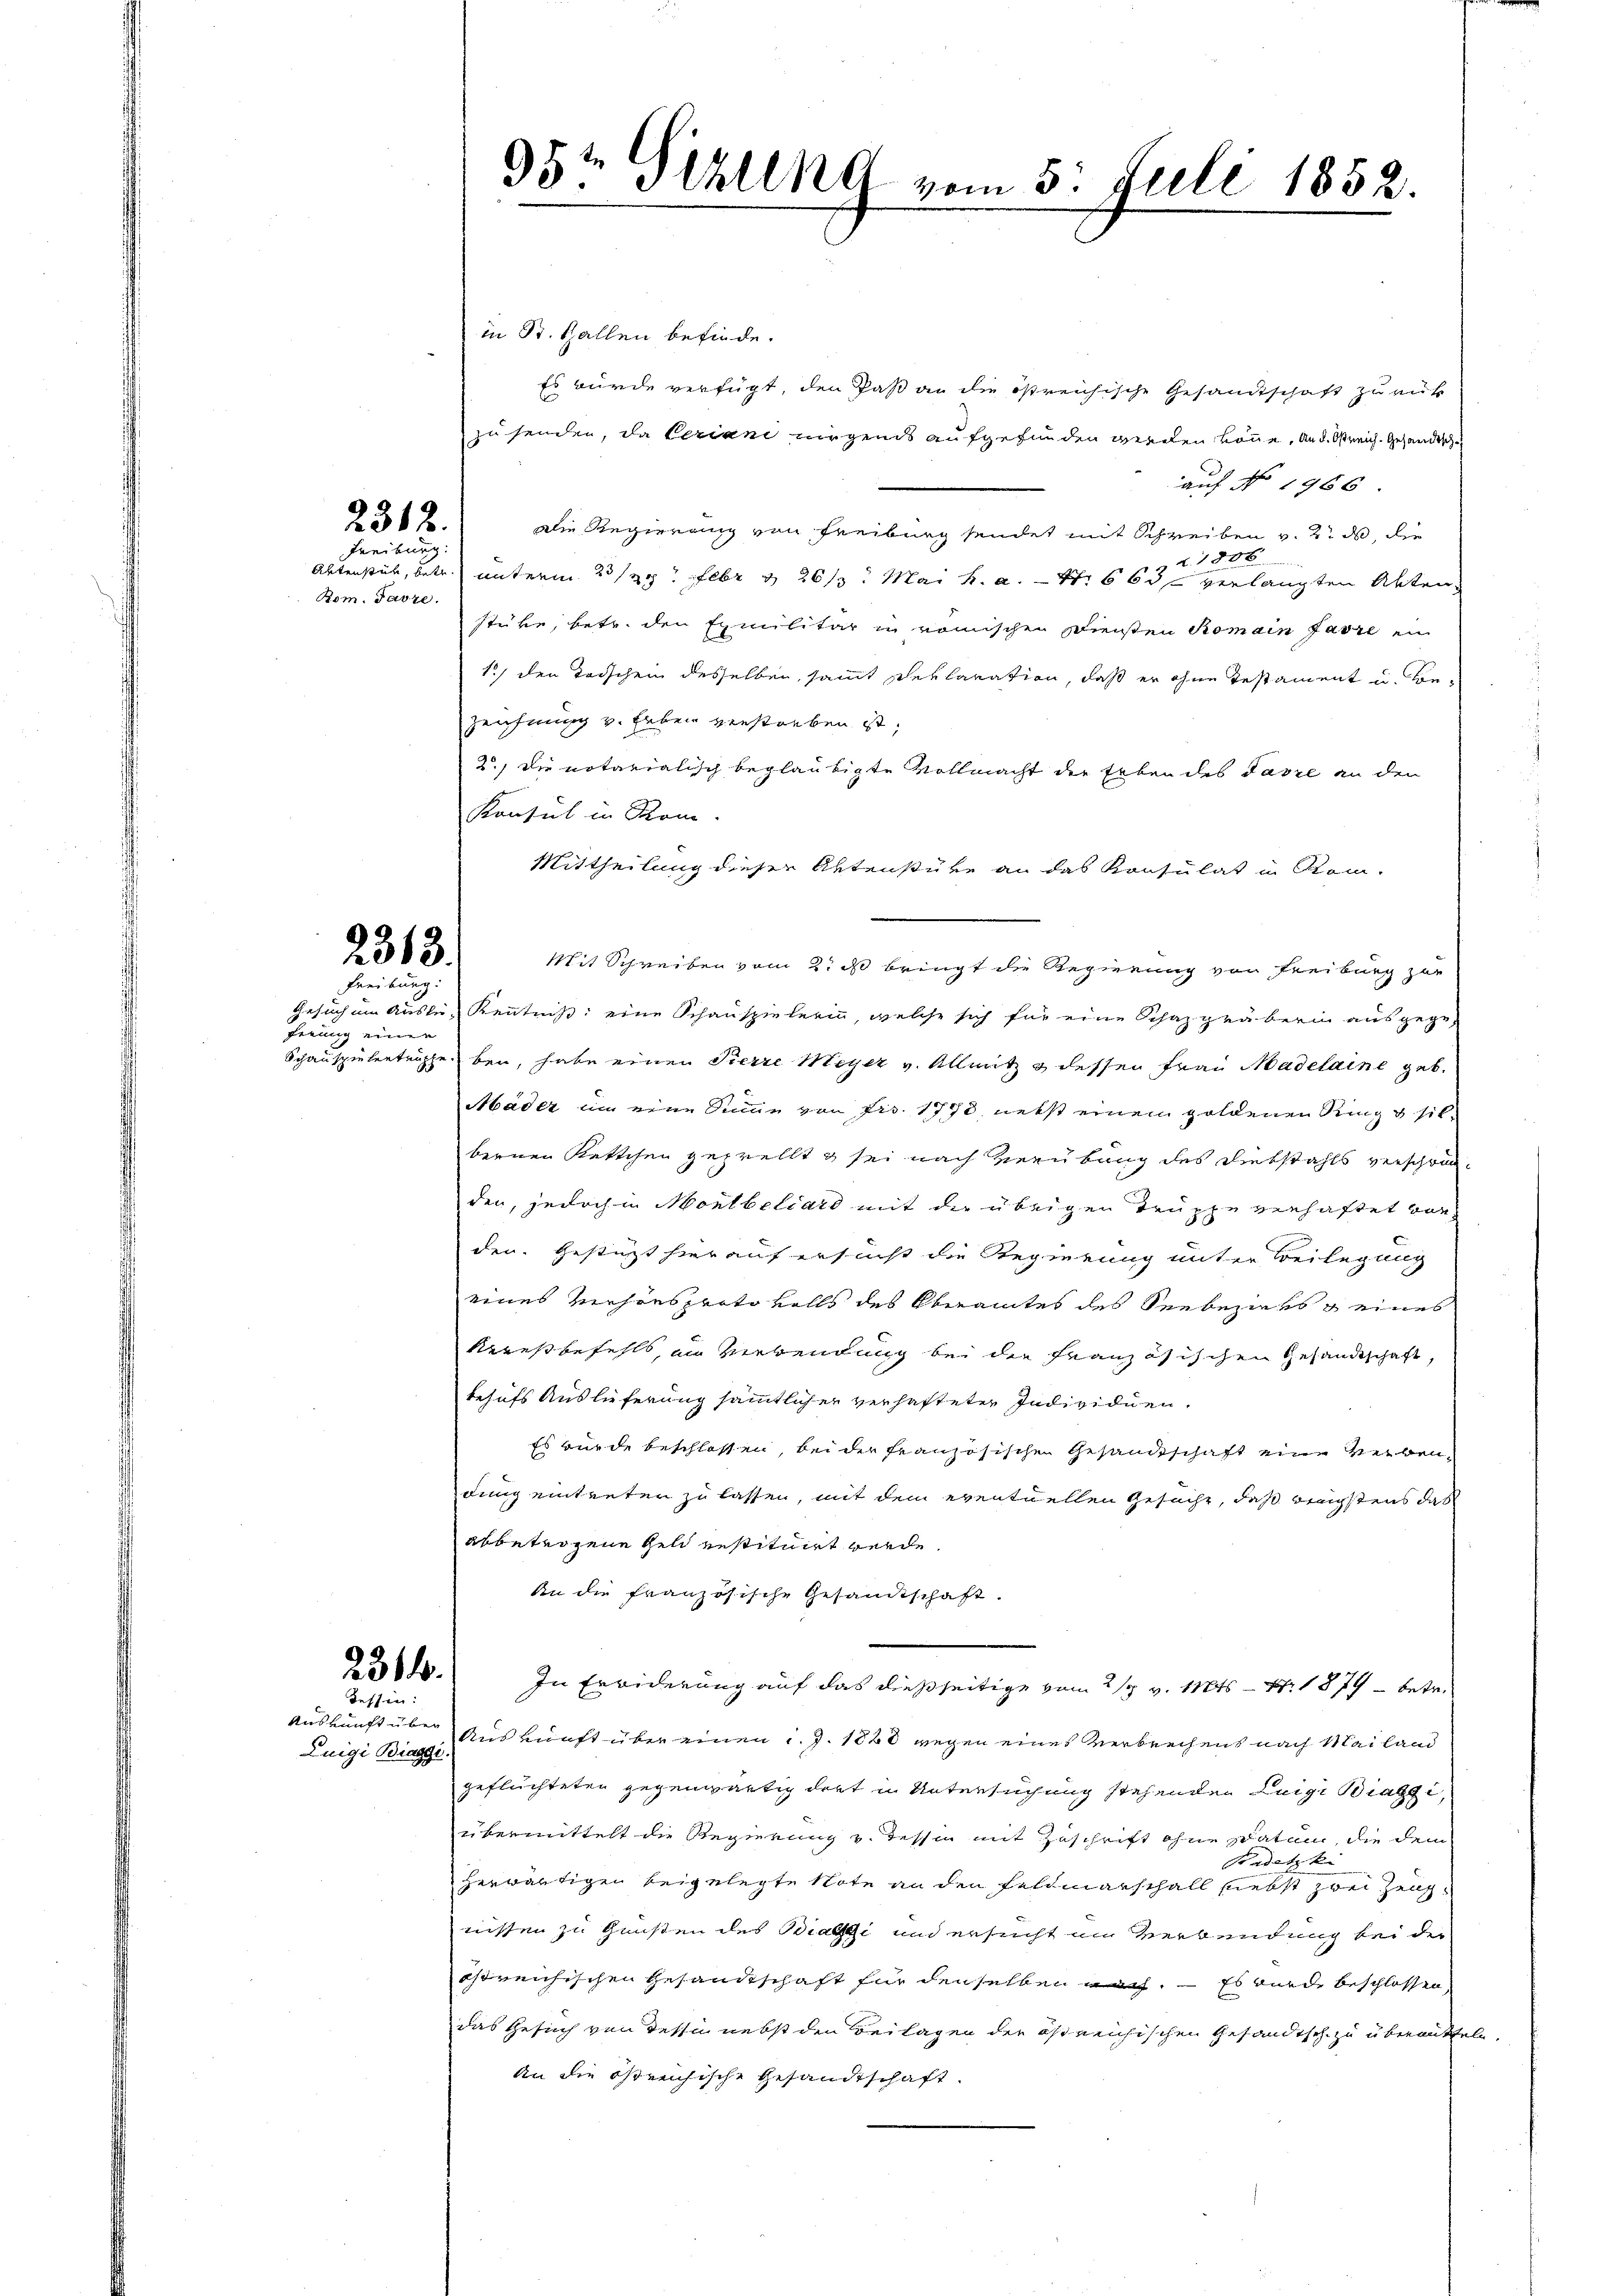
2312.
Freiburg.

Bom. Parze.

2363.
Freiburg:

ferung einer

231.
Tessin:

Auskunft über
Luigi Biagge.

in St. Gallen befinde.
Es würde verfügt, den Paß an die östreichische Gesandtschaft zurück
zu senden, da Seriani nirgends aufgefunden werden könne, an d. Streich. Gesandtsch
auf No 1966.
Die Regierung von Freiburg sendet mit Schreiben v. 2. ds, die
6
218
Aktenstück, betr. unterm 23/29. Febr. & 26/3. Mai h. a. — 4t. 663 verlangten Akten
stüke, betr. den Exmilitär in römischen Diensten Romain Jarre in
1) den Todschein desselben, sammt seelaration, daß er ohne Testament u. Be¬
Zeichnung v. Leben verstorben ist,
2.) Die notarialisch beglaubigte Vollmacht der Erben des Pasie an den
Konsul in Rom.
Mittheilung dieser Aktenstüre an das Konsulat in Kom-
Mit Schreiben vom 2. ds bringt die Regierung von Freiburg zur
Gesuch um Auslien Kenntniß eine Schauspielerin, welche sich für eine Schazgräberin ausgege-
Schauspielerträge bei, habe einen Pierre Meyer v. Allnitz & dessen Frau Madelaine geb.
Mader um eine Sinne von Frs. 1778 nebst einem goldenen Ring & silbernen Rettchen geprellt & sei nach Verübung des Diebstahls verschränden, jedoch in Montbeliard mit die übrigen Truppe verhaftet vorden. Gestützt hierauf ersucht die Regierung unter Beilegung
eines Verhöesproto volls des Oberamtes des Seebeziehs & eines
Kresbefehls, an Verwendung bei der französischen Gesandtschaft,
behufs Auslieferung sämmtlicher verhafteter Individuen.
Es wurde beschlossen, bei der französischen Gesandtschaft eine Verbendung eintreten zu lassen, mit dem eventuellen Gesuche, daß wenigstens das
abbetrogene Geld instituirt werde.
An die französische Gesandtschaft.
In Erwiderung auf das dießseitige vom 2/3 v. Mts. — Nr. 1879 - betr.
Auskunft über einen d. J. 1888 wegen eines Verbrechens nach Mailand
geflüchteten gegenwärtig dort in Untersuchung stehenden Luigi Biaggi,
übermittelt die Regierung v. Tessin mit Zuschrift ohne Datum, die dem
Padetzk
herwärtigen beigelegte Note an den Feldmarschall nebst zwei Zeichnissen zu Gunsten des Biasi und ersucht im Verbendung bei der
östreichischen Gesandtschaft für denselben nach. — Es wurde beschlossen,
das Gesuch von dessin nebst den Beilagen der östreichischen Gesandtsch zu übermitteln.
An die östreichische Gesandtschaft

95te Sehling vom 5. Juli 1852.